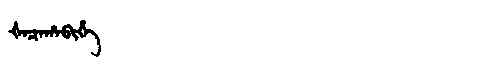
Manchu: ᡧᠠᠴᠠᡥᠠᠪᡳᡥᡝ
Romanization: ŠACAHABIHE